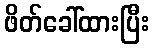
ဖိတ်ခေါ်ထားပြီး